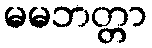
မမဘတ္တာ